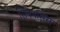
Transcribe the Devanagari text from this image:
सिनेनसिस